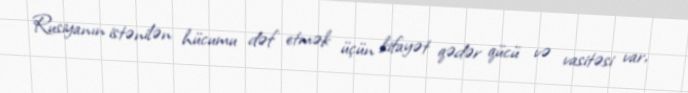
Rusiyanın istənilən hücumu dəf etmək üçün kifayət qədər qücü və vasitəsi var,